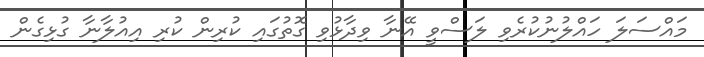
މައްސަލަ ހައްލުނުކުރެވި ލަސްވީ އޭނާ ވިދާޅުވި ގޮތުގައި ކުރިން ކުރި އިއުލާނާ ގުޅިގެން